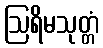
ဩရိမသုတ္တံ